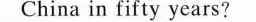
fifty years?